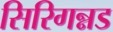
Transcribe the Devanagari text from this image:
सिरिगन्नड